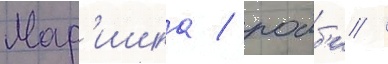
Мар'ишка / робб'и /